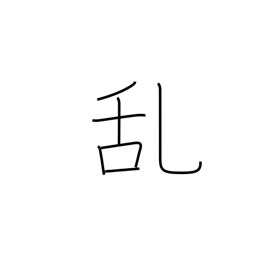
Meaning: disorder